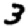
Digit: 3